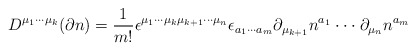
\begin{align*}D^{\mu _1\cdot \cdot \cdot \mu _k}(\partial n)=\frac 1{m!}\epsilon^{\mu _1\cdot \cdot \cdot \mu _k\mu _{k+1}\cdot \cdot \cdot \mu _n}\epsilon_{a_1\cdot \cdot \cdot a_m}\partial _{\mu _{k+1}}n^{a_1}\cdot \cdot \cdot\partial _{\mu _n}n^{a_m}\end{align*}